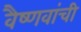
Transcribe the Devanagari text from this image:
वैष्णवांची